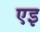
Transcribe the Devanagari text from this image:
एइ